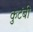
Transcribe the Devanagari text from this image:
कुटंबी